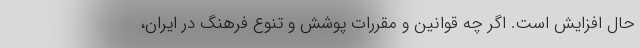
حال افزایش است. اگر چه قوانین و مقررات پوشش و تنوع فرهنگ در ایران،